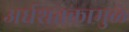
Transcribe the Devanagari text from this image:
अर्धशतकामुळे